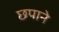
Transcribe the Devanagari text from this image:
छपाने